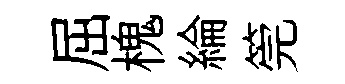
屈槐綸筦